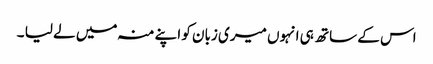
اس کے ساتھ ہی انہوں میری زبان کو اپنے منہ میں لے لیا ۔